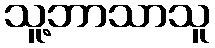
သူ့ဘာသာသူ